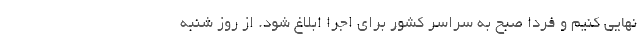
نهایی کنیم و فردا صبح به سراسر کشور برای اجرا ابلاغ شود. از روز شنبه